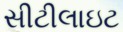
સીટીલાઇટ